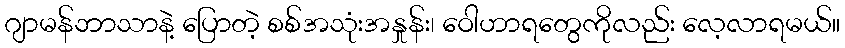
ဂျာမန်ဘာသာနဲ့ ပြောတဲ့ စစ်အသုံးအနှုန်း၊ ဝေါဟာရတွေကိုလည်း လေ့လာရမယ်။